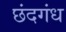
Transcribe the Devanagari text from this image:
छंदगंध